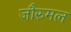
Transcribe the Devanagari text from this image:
जौरुमल